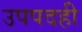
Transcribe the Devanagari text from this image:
उपपदही